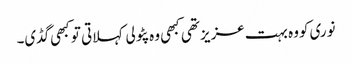
نوری کووہ بہت عزیز تھی کبھی وہ پٹولی کہلاتی تو کبھی گڈی۔